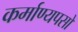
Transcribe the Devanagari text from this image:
कर्माण्यपसो